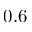
0 . 6